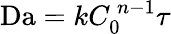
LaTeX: \mathrm{Da}=kC_{0}^{\ n-1}\tau